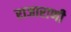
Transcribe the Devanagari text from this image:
राजाराणी